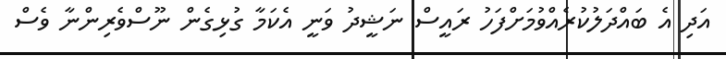
އަދި އެ ބައްދަލުކުރެއްވުމަށްފަހު ރައީސް ނަޝީދު ވަނީ އެކަމާ ގުޅިގެން ނޫސްވެރިންނާ ވެސް